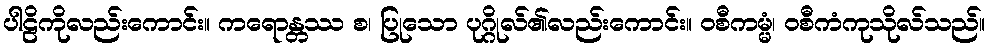
ပါဠိကိုလည်းကောင်း။ ကရောန္တဿ စ၊ ပြုသော ပုဂ္ဂိုလ်၏လည်းကောင်း။ ဝစီကမ္မံ၊ ဝစီကံကုသိုလ်သည်။